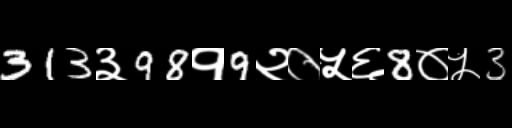
Text: 313३98१9२०५६8०५3